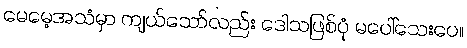
မေမေ့အသံမှာ ကျယ်သော်လည်း ဒေါသဖြစ်ပုံ မပေါ်သေးပေ။